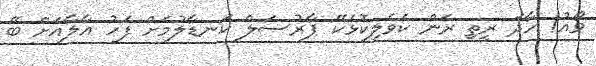
ވޯއު! ހާދަ ރީތި ރަން ކެވެލިކޮޅެކޭ ޕާރުސަލް ކަނޑާލުމަށް ފަހު އާލާއަށް ބޭ